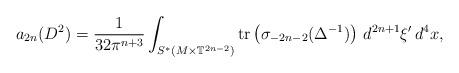
LaTeX: \begin{align*} a_{2n}(D^2) = \frac{1}{32 \pi^{n+3}} \int_{S^*(M \times \mathbb{T}^{2n-2})} \textnormal{tr} \left ( \sigma_{-2n-2}(\Delta^{-1}) \right ) \, d^{2n+1} \xi' \, d^{4}x, \end{align*}